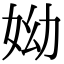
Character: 𡛙